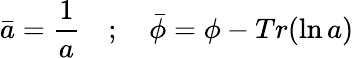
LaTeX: \bar{a}=\frac{1}{a}\quad;\quad\bar{\phi}=\phi-Tr({\ln a})